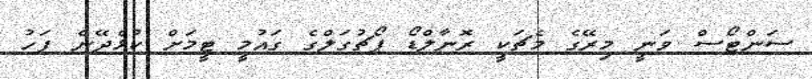
ސަންޓޯސް ވަނީ މިރޭގެ މެޗަކީ ރޮނާލްޑޯ ޕޯޗުގަލްގެ ގައުމީ ޓީމަށް ކުޅެދޭނެ ފަހު